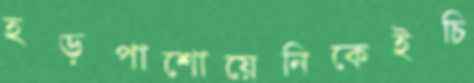
হড়পাশোয়েনিকেইচি